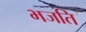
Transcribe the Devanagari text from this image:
भजति